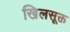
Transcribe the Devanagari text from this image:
खिलसूक्त